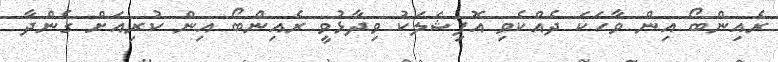
ރެއިންބޯ އިން ވާހަކަ ދެއްކެވި އޮފިޝަލަކު ވިދާޅުވީ ރެއިންބޯ އިން ކުރިއަށް ގެންދާ